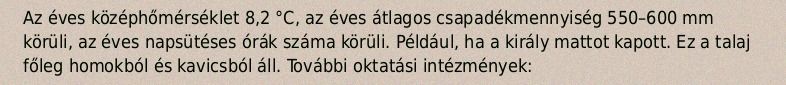
Az éves középhőmérséklet 8,2 °C, az éves átlagos csapadékmennyiség 550–600 mm körüli, az éves napsütéses órák száma körüli. Például, ha a király mattot kapott. Ez a talaj főleg homokból és kavicsból áll. További oktatási intézmények: